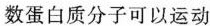
数蛋白质分子可以运动